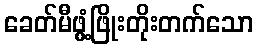
ခေတ်မီဖွံ့ဖြိုးတိုးတက်သော